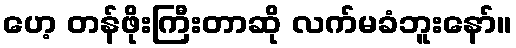
ဟေ့ တန်ဖိုးကြီးတာဆို လက်မခံဘူးနော်။